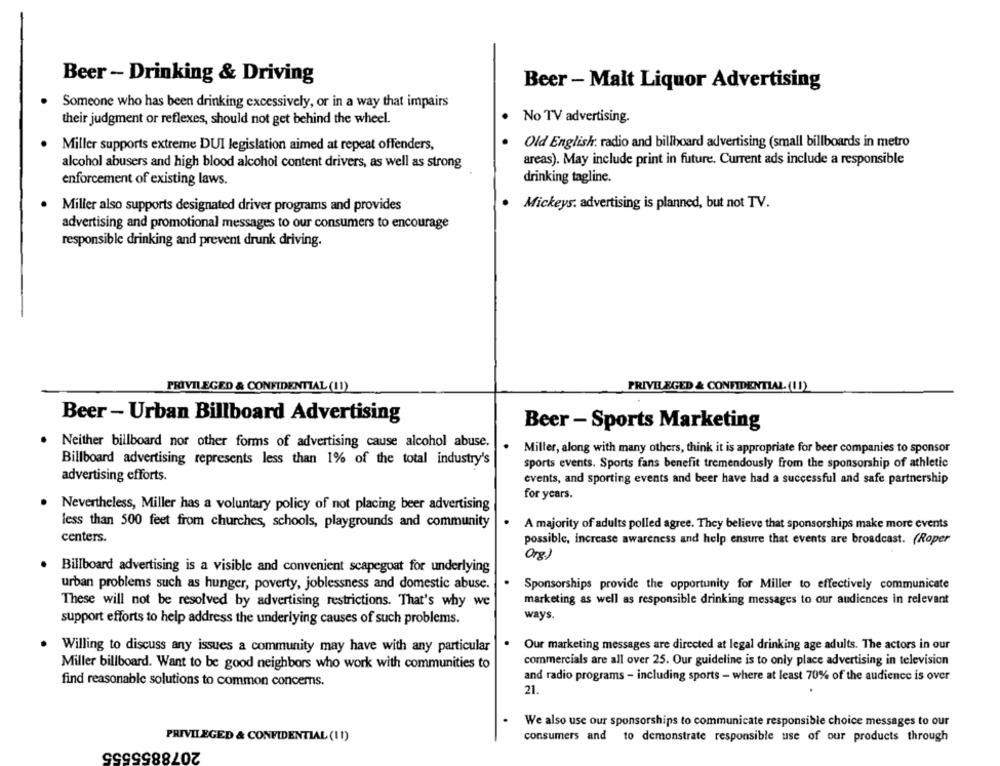
Beer - Drinking & Driving
Beer - Malt Liquor Advertising
Someone who has been drinking excessively, or in a way that impairs
their judgment or reflexes, should not get behind the wheel.
No TV advertising.
Miller supports extreme DUI legislation aimed at repeat offenders,
Old English: radio and billboard advertising (small billboards in metro
areas). May include print in future. Current ads include a responsible
alcohol abusers and high blood alcohol content drivers, as well as strong
enforcement of existing laws.
drinking tagline.
Miller also supports designated driver programs and provides
Mickeys. advertising is planned, but not TV.
advertising and promotional messages to our consumers to encourage
responsible drinking and prevent drunk driving.
PRIVILEGED & CONFIDENTIAL (11)
PRIVILEGED & CONFIDENTIAL. (U)
Beer - Urban Billboard Advertising
Beer - Sports Marketing
Neither billboard nor other forms of advertising cause alcohol abuse.
Miller, along with many others, think it is appropriate for beer companies to sponsor
Billboard advertising represents less than 1% of the total industry's
sports events. Sports fans benefit tremendously from the sponsorship of athletic
advertising efforts.
events, and sporting events and beer have had a successful and safe partnership
for years.
Nevertheless, Miller has a voluntary policy of not placing beer advertising
less than 500 feet from churches, schools, playgrounds and community
A majority of adults polled agree. They believe that sponsorships make more events
centers.
possible, increase awareness and help ensure that events are broadcast. (Roper
Org.)
Billboard advertising is a visible and convenient scapegoat for underlying
urban problems such as hunger, poverty, joblessness and domestic abuse.
Sponsorships provide the opportunity for Miller to effectively communicate
These will not be resolved by advertising restrictions. That's why we
marketing as well as responsible drinking messages to our audiences in relevant
support efforts to help address the underlying causes of such problems.
ways.
Willing to discuss any issues a community may have with any particular
Our marketing messages are directed at legal drinking age adults. The actors in our
Miller billboard. Want to be good neighbors who work with communities to
commercials are all over 25. Our guideline is to only place advertising in television
and radio programs - including sports - where at least 70% of the audience is over
find reasonable solutions to common concems.
21.
We also use our sponsorships to communicate responsible choice messages to our
PRIVILEGED & CONFIDENTIAL (11)
2078855555
consumers and to demonstrate responsible use of our products through